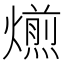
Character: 𤐄